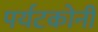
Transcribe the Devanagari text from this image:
पर्यटकोनी